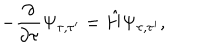
- \frac { \partial } { \partial \tau } \Psi _ { \tau , \tau ^ { \prime } } = \hat { H } \Psi _ { \tau , \tau ^ { \prime } } ,